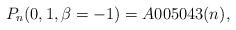
\begin{gather*}P_n(0,1,\beta=-1)= A005043(n),\end{gather*}